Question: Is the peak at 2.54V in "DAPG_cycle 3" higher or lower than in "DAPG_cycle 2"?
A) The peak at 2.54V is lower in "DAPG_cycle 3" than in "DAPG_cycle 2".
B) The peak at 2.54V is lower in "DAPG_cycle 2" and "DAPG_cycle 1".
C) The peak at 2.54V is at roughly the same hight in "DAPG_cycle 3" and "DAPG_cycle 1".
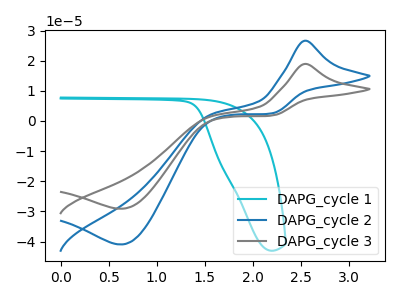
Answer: <think>The cyan curve "DAPG_cycle 1" has no peaks. The blue curve "DAPG_cycle 2" has an anodic peak at (2.55V, 26.60uA) and a cathodic peak at (0.65V, -40.95uA). The gray curve "DAPG_cycle 3" has an anodic peak at (2.55V, 18.90uA) and a cathodic peak at (0.65V, -29.10uA).</think>
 <answer>A) The peak at 2.54V is lower in "DAPG_cycle 3" than in "DAPG_cycle 2".</answer>
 <eval>A</eval>